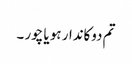
تم دوکاندار ہو یا چور ۔